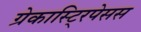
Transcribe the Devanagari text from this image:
ग्रेकास्टि्रपेसस